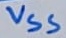
Text: VSS